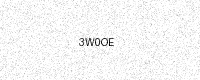
Text: 3W0OE